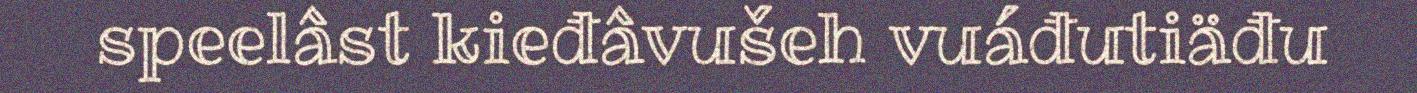
speelâst kieđâvušeh vuáđutiäđu